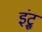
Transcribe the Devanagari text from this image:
इंट्रू